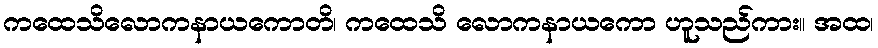
ကထေသိလောကနာယကောတိ၊ ကထေသိ လောကနာယကော ဟူသည်ကား။ အထ၊